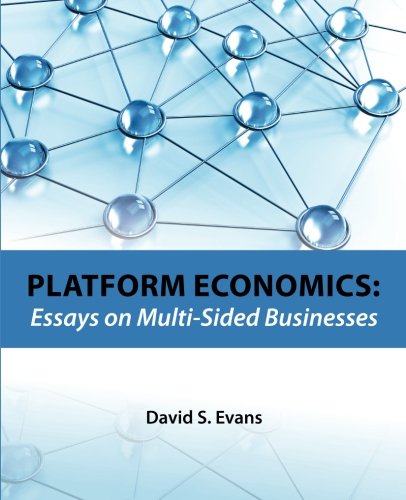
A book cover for Platform Economics: Essays on Multi-Sided Businesses; David S. Evans; Business & Money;